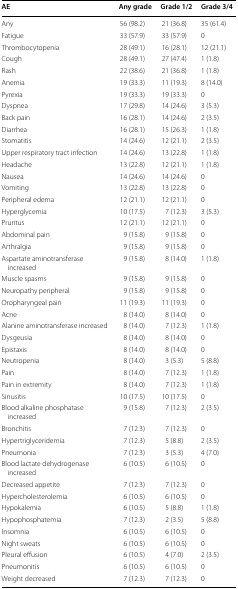
<table><thead><tr><td><b>AE</b></td><td><b>Any grade</b></td><td><b>Grade 1/2</b></td><td><b>Grade 3/4</b></td></tr></thead><tbody><tr><td>Any</td><td>56 (98.2)</td><td>21 (36.8)</td><td>35 (61.4)</td></tr><tr><td>Fatigue</td><td>33 (57.9)</td><td>33 (57.9)</td><td>0</td></tr><tr><td>Thrombocytopenia</td><td>28 (49.1)</td><td>16 (28.1)</td><td>12 (21.1)</td></tr><tr><td>Cough</td><td>28 (49.1)</td><td>27 (47.4)</td><td>1 (1.8)</td></tr><tr><td>Rash</td><td>22 (38.6)</td><td>21 (36.8)</td><td>1 (1.8)</td></tr><tr><td>Anemia</td><td>19 (33.3)</td><td>11 (19.3)</td><td>8 (14.0)</td></tr><tr><td>Pyrexia</td><td>19 (33.3)</td><td>19 (33.3)</td><td>0</td></tr><tr><td>Dyspnea</td><td>17 (29.8)</td><td>14 (24.6)</td><td>3 (5.3)</td></tr><tr><td>Back pain</td><td>16 (28.1)</td><td>14 (24.6)</td><td>2 (3.5)</td></tr><tr><td>Diarrhea</td><td>16 (28.1)</td><td>15 (26.3)</td><td>1 (1.8)</td></tr><tr><td>Stomatitis</td><td>14 (24.6)</td><td>12 (21.1)</td><td>2 (3.5)</td></tr><tr><td>Upper respiratory tract infection</td><td>14 (24.6)</td><td>13 (22.8)</td><td>1 (1.8)</td></tr><tr><td>Headache</td><td>13 (22.8)</td><td>12 (21.1)</td><td>1 (1.8)</td></tr><tr><td>Nausea</td><td>14 (24.6)</td><td>14 (24.6)</td><td>0</td></tr><tr><td>Vomiting</td><td>13 (22.8)</td><td>13 (22.8)</td><td>0</td></tr><tr><td>Peripheral edema</td><td>12 (21.1)</td><td>12 (21.1)</td><td>0</td></tr><tr><td>Hyperglycemia</td><td>10 (17.5)</td><td>7 (12.3)</td><td>3 (5.3)</td></tr><tr><td>Pruritus</td><td>12 (21.1)</td><td>12 (21.1)</td><td>0</td></tr><tr><td>Abdominal pain</td><td>9 (15.8)</td><td>9 (15.8)</td><td>0</td></tr><tr><td>Arthralgia</td><td>9 (15.8)</td><td>9 (15.8)</td><td>0</td></tr><tr><td>Aspartate aminotransferase increased</td><td>9 (15.8)</td><td>8 (14.0)</td><td>1 (1.8)</td></tr><tr><td>Muscle spasms</td><td>9 (15.8)</td><td>9 (15.8)</td><td>0</td></tr><tr><td>Neuropathy peripheral</td><td>9 (15.8)</td><td>9 (15.8)</td><td>0</td></tr><tr><td>Oropharyngeal pain</td><td>11 (19.3)</td><td>11 (19.3)</td><td>0</td></tr><tr><td>Acne</td><td>8 (14.0)</td><td>8 (14.0)</td><td>0</td></tr><tr><td>Alanine aminotransferase increased</td><td>8 (14.0)</td><td>7 (12.3)</td><td>1 (1.8)</td></tr><tr><td>Dysgeusia</td><td>8 (14.0)</td><td>8 (14.0)</td><td>0</td></tr><tr><td>Epistaxis</td><td>8 (14.0)</td><td>8 (14.0)</td><td>0</td></tr><tr><td>Neutropenia</td><td>8 (14.0)</td><td>3 (5.3)</td><td>5 (8.8)</td></tr><tr><td>Pain</td><td>8 (14.0)</td><td>7 (12.3)</td><td>1 (1.8)</td></tr><tr><td>Pain in extremity</td><td>8 (14.0)</td><td>7 (12.3)</td><td>1 (1.8)</td></tr><tr><td>Sinusitis</td><td>10 (17.5)</td><td>10 (17.5)</td><td>0</td></tr><tr><td>Blood alkaline phosphatase increased</td><td>9 (15.8)</td><td>7 (12.3)</td><td>2 (3.5)</td></tr><tr><td>Bronchitis</td><td>7 (12.3)</td><td>7 (12.3)</td><td>0</td></tr><tr><td>Hypertriglyceridemia</td><td>7 (12.3)</td><td>5 (8.8)</td><td>2 (3.5)</td></tr><tr><td>Pneumonia</td><td>7 (12.3)</td><td>3 (5.3)</td><td>4 (7.0)</td></tr><tr><td>Blood lactate dehydrogenase increased</td><td>6 (10.5)</td><td>6 (10.5)</td><td>0</td></tr><tr><td>Decreased appetite</td><td>7 (12.3)</td><td>7 (12.3)</td><td>0</td></tr><tr><td>Hypercholesterolemia</td><td>6 (10.5)</td><td>6 (10.5)</td><td>0</td></tr><tr><td>Hypokalemia</td><td>6 (10.5)</td><td>5 (8.8)</td><td>1 (1.8)</td></tr><tr><td>Hypophosphatemia</td><td>7 (12.3)</td><td>2 (3.5)</td><td>5 (8.8)</td></tr><tr><td>Insomnia</td><td>6 (10.5)</td><td>6 (10.5)</td><td>0</td></tr><tr><td>Night sweats</td><td>6 (10.5)</td><td>6 (10.5)</td><td>0</td></tr><tr><td>Pleural effusion</td><td>6 (10.5)</td><td>4 (7.0)</td><td>2 (3.5)</td></tr><tr><td>Pneumonitis</td><td>6 (10.5)</td><td>6 (10.5)</td><td>0</td></tr><tr><td>Weight decreased</td><td>7 (12.3)</td><td>7 (12.3)</td><td>0</td></tr></tbody></table>